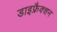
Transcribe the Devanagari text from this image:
डाइफ्रैक्शन